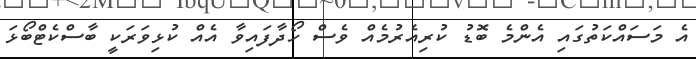
އެ މަސައްކަތުގައި އެންމެ ބޮޑު ކުރިއެރުމެއް ވެސް ހޯދާފައިވާ އެއް ކުޅިވަރަކީ ބާސްކެޓްބޯޅަ